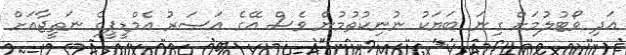
އަދި ވޯޓުލުމަށް ގިނަ ބަޔަކު ނުނިކުތުމުން ވެސް އޭގެ އަސަރު އެމްޑީޕީގެ ނަތީޖާއަށް